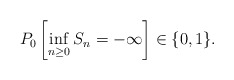
\begin{align*} P_0\left[\inf_{n\geq0} S_n = -\infty\right]\in\{0,1\}. \end{align*}